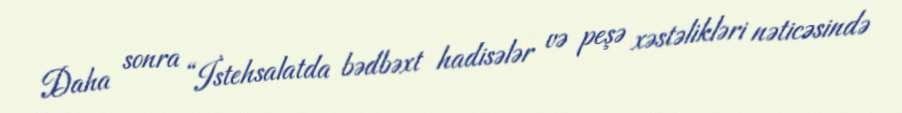
Daha sonra “İstehsalatda bədbəxt hadisələr və peşə xəstəlikləri nəticəsində